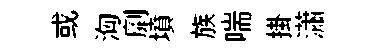
或洶劘墳族喘掛瀟